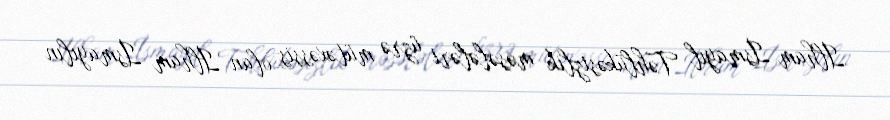
İlham İsmayıl Təhlükəsizlik məsələləri üzrə mütəxəssis olan İlham İsmayılın